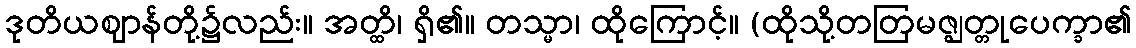
ဒုတိယဈာန်တို့၌လည်း။ အတ္ထိ၊ ရှိ၏။ တသ္မာ၊ ထိုကြောင့်။ (ထိုသို့တတြမဇ္ဈတ္တုပေက္ခာ၏